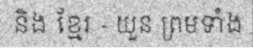
និង ខ្មែរ - យួន ព្រមទាំង